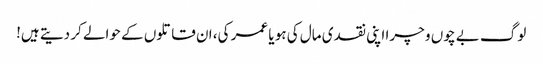
لوگ بے چوں و چرا اپنی نقدی مال کی ہو یا عمر کی، ان قاتلوں کے حوالے کر دیتے ہیں!